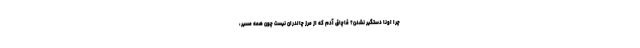
چرا اونا دستگير نشدن؟ قاچاق آدم كه از مرز چالدران نيست چون همه مسير،